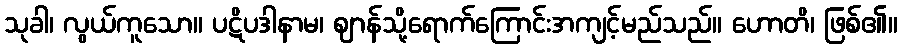
သုခါ၊ လွယ်ကူသော။ ပဋိပဒါနာမ၊ ဈာန်သို့ရောက်ကြောင်းအကျင့်မည်သည်။ ဟောတိ၊ ဖြစ်၏။